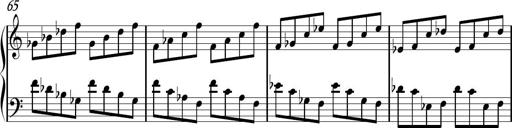
Title: Sonhatina
Composer: Davi Rocha
Key: C major